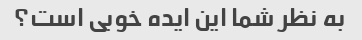
به نظر شما این ایده خوبی است؟